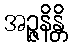
အဉ္ဇနိန္တိ